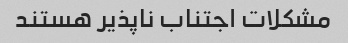
مشکلات اجتناب ناپذیر هستند